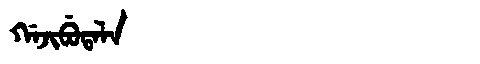
Manchu: ᡤᠠᠵᡳᠪᡠᡨᠠᠯᠠ
Romanization: GAJIBUTALA